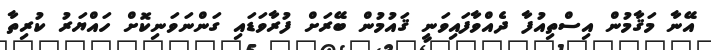
އޭނާ މަޤާމުން އިސްތިއުފާ ދެއްވާފައިވަނީ ޤައުމުން ބޭރަށް ފުރާވަޑައި ގަންނަވަނިކޮށް ހައްޔަރު ކުރިތާ